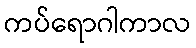
ကပ်ရောဂါကာလ